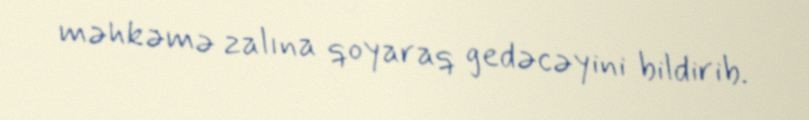
məhkəmə zalına qoyaraq gedəcəyini bildirib.